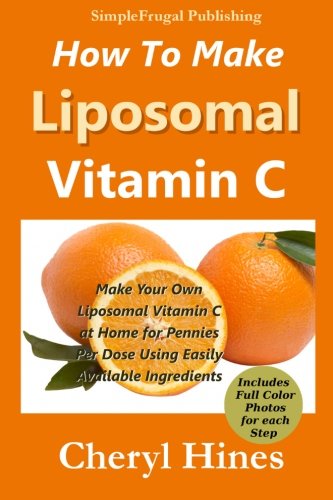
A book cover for How To Make Liposomal Vitamin C; Cheryl Hines; Health, Fitness & Dieting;